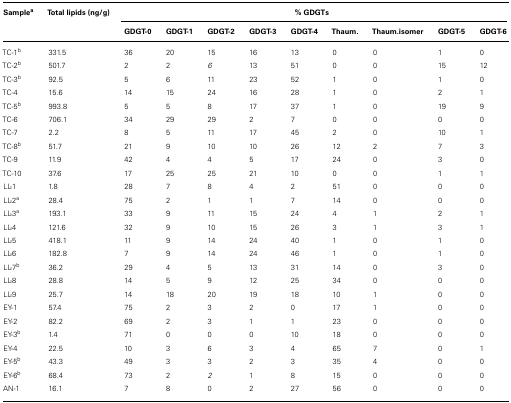
<table><thead><tr><td><b>Sample<sup>a</sup></b></td><td><b>Total lipids (ng/g)</b></td><td colspan="9"><b>% GDGTs</b></td></tr><tr><td></td><td></td><td><b>GDGT-0</b></td><td><b>GDGT-1</b></td><td><b>GDGT-2</b></td><td><b>GDGT-3</b></td><td><b>GDGT-4</b></td><td><b>Thaum.</b></td><td><b>Thaum.isomer</b></td><td><b>GDGT-5</b></td><td><b>GDGT-6</b></td></tr></thead><tbody><tr><td>TC-1<sup>b</sup></td><td>331.5</td><td>36</td><td>20</td><td>15</td><td>16</td><td>13</td><td>0</td><td>0</td><td>1</td><td>0</td></tr><tr><td>TC-2<sup>b</sup></td><td>501.7</td><td>2</td><td>2</td><td><i>6</i></td><td>13</td><td>51</td><td>0</td><td>0</td><td>15</td><td>12</td></tr><tr><td>TC-3<sup>b</sup></td><td>92.5</td><td>5</td><td>6</td><td>11</td><td>23</td><td>52</td><td>1</td><td>0</td><td>1</td><td>0</td></tr><tr><td>TC-4</td><td>15.6</td><td>14</td><td>15</td><td>24</td><td>16</td><td>28</td><td>1</td><td>0</td><td>2</td><td>1</td></tr><tr><td>TC-5<sup>b</sup></td><td>993.8</td><td>5</td><td>5</td><td>8</td><td>17</td><td>37</td><td>1</td><td>0</td><td>19</td><td>9</td></tr><tr><td>TC-6</td><td>706.1</td><td>34</td><td>29</td><td>29</td><td>2</td><td>7</td><td>0</td><td>0</td><td>0</td><td>0</td></tr><tr><td>TC-7</td><td>2.2</td><td>8</td><td>5</td><td>11</td><td>17</td><td>45</td><td>2</td><td>0</td><td>10</td><td>1</td></tr><tr><td>TC-8<sup>b</sup></td><td>51.7</td><td>21</td><td>9</td><td>10</td><td>10</td><td>26</td><td>12</td><td>2</td><td>7</td><td>3</td></tr><tr><td>TC-9</td><td>11.9</td><td>42</td><td>4</td><td>4</td><td>5</td><td>17</td><td>24</td><td>0</td><td>3</td><td>0</td></tr><tr><td>TC-10</td><td>37.6</td><td>17</td><td>25</td><td>25</td><td>21</td><td>10</td><td>0</td><td>0</td><td>1</td><td>1</td></tr><tr><td>LL-1</td><td>1.8</td><td>28</td><td>7</td><td>8</td><td>4</td><td>2</td><td>51</td><td>0</td><td>0</td><td>0</td></tr><tr><td>LL-2<sup>a</sup></td><td>28.4</td><td>75</td><td>2</td><td>1</td><td>1</td><td>7</td><td>14</td><td>0</td><td>0</td><td>0</td></tr><tr><td>LL-3<sup>a</sup></td><td>193.1</td><td>33</td><td>9</td><td>11</td><td>15</td><td>24</td><td>4</td><td>1</td><td>2</td><td>1</td></tr><tr><td>LL-4</td><td>121.6</td><td>32</td><td>9</td><td>10</td><td>15</td><td>26</td><td>3</td><td>1</td><td>3</td><td>1</td></tr><tr><td>LL-5</td><td>418.1</td><td>11</td><td>9</td><td>14</td><td>24</td><td>40</td><td>1</td><td>0</td><td>1</td><td>0</td></tr><tr><td>LL-6</td><td>182.8</td><td>7</td><td>9</td><td>14</td><td>24</td><td>46</td><td>1</td><td>0</td><td>1</td><td>0</td></tr><tr><td>LL-7<sup>b</sup></td><td>36.2</td><td>29</td><td>4</td><td>5</td><td>13</td><td>31</td><td>14</td><td>0</td><td>3</td><td>0</td></tr><tr><td>LL-8</td><td>28.8</td><td>14</td><td>5</td><td>9</td><td>12</td><td>25</td><td>34</td><td>0</td><td>0</td><td>0</td></tr><tr><td>LL-9</td><td>25.7</td><td>14</td><td>18</td><td>20</td><td>19</td><td>18</td><td>10</td><td>1</td><td>0</td><td>0</td></tr><tr><td>EY-1</td><td>57.4</td><td>75</td><td>2</td><td>3</td><td>2</td><td>0</td><td>17</td><td>1</td><td>0</td><td>0</td></tr><tr><td>EY-2</td><td>82.2</td><td>69</td><td>2</td><td>3</td><td>1</td><td>1</td><td>23</td><td>0</td><td>0</td><td>0</td></tr><tr><td>EY-3<sup>b</sup></td><td>1.4</td><td>71</td><td>0</td><td>0</td><td>0</td><td>10</td><td>18</td><td>0</td><td>0</td><td>0</td></tr><tr><td>EY-4</td><td>22.5</td><td>10</td><td>3</td><td>6</td><td>3</td><td>4</td><td>65</td><td>7</td><td>0</td><td>1</td></tr><tr><td>EY-5<sup>b</sup></td><td>43.3</td><td>49</td><td>3</td><td>3</td><td>2</td><td>3</td><td>35</td><td>4</td><td>0</td><td>0</td></tr><tr><td>EY-6<sup>b</sup></td><td>68.4</td><td>73</td><td>2</td><td><i>2</i></td><td>1</td><td>8</td><td>15</td><td>0</td><td>0</td><td>0</td></tr><tr><td>AN-1</td><td>16.1</td><td>7</td><td>8</td><td>0</td><td>2</td><td>27</td><td>56</td><td>0</td><td>0</td><td>0</td></tr></tbody></table>